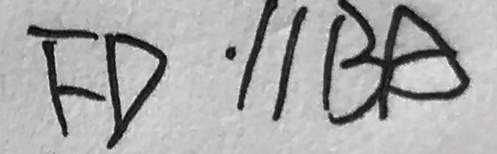
F D / / B A